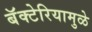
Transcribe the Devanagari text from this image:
बॅक्टेरियामुळे